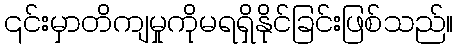
၎င်းမှာတိကျမှုကိုမရရှိနိုင်ခြင်းဖြစ်သည်။